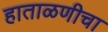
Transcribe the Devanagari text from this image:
हाताळणीचा